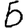
Digit: 5